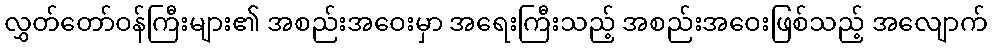
လွှတ်တော်ဝန်ကြီးများ၏ အစည်းအဝေးမှာ အရေးကြီးသည့် အစည်းအဝေးဖြစ်သည့် အလျောက်